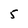
Character: 5